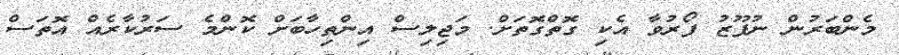
މެންބަރުން ނުފޫޒު ފޯރުވާ އެކި ގޮތްގޮތަށް. މަޖިލިސް އިންތިހާބަށް ކޮންމެ ސަރުކާރެއް އޮތަސް